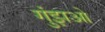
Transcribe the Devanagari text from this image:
गुंझओ